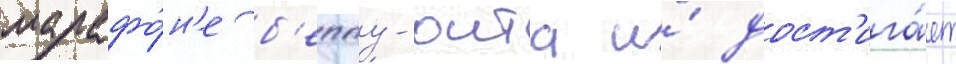
марафо́н'е б'еппу-оита и́ дост'ига́ет